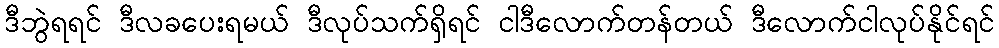
ဒီဘွဲရရင် ဒီလခပေးရမယ် ဒီလုပ်သက်ရှိရင် ငါဒီလောက်တန်တယ် ဒီလောက်ငါလုပ်နိုင်ရင်